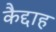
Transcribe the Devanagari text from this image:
कैद्दाह